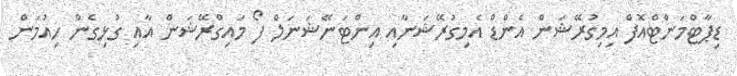
ޑިޕާޓްމަންޓްއޮފް އިމިގުރޭޝަން އެންޑް އެމިގުރޭޝަނާއި އިންޓަނޭޝަނަލް ފޯ މައިގްރޭޝަން އާއި ގުޅިގެން ހިއުމަން